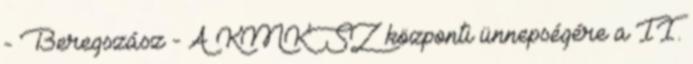
- Beregszász - A KMKSZ központi ünnepségére a II.